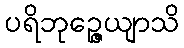
ပရိဘုဉ္ဇေယျာသိ